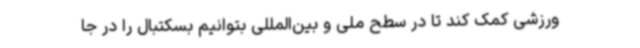
ورزشی کمک کند تا در سطح ملی و بین‌المللی بتوانیم بسکتبال را در جا